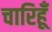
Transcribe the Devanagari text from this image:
चारिहूँ